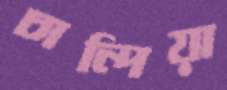
চান্দিয়া